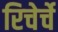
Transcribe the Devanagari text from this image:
रिचेर्चे